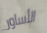
الأساور